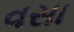
વસા